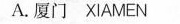
A.厦门 XIAMEN